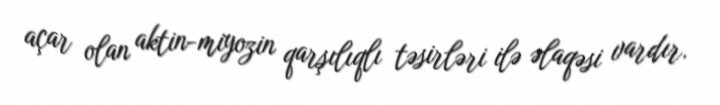
açar olan aktin-miyozin qarşılıqlı təsirləri ilə əlaqəsi vardır.